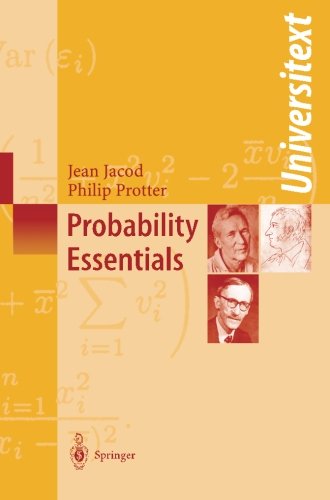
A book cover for Probability Essentials; Jean Jacod; Science & Math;